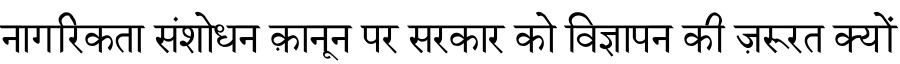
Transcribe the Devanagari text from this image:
नागरिकता संशोधन क़ानून पर सरकार को विज्ञापन की ज़रूरत क्यों